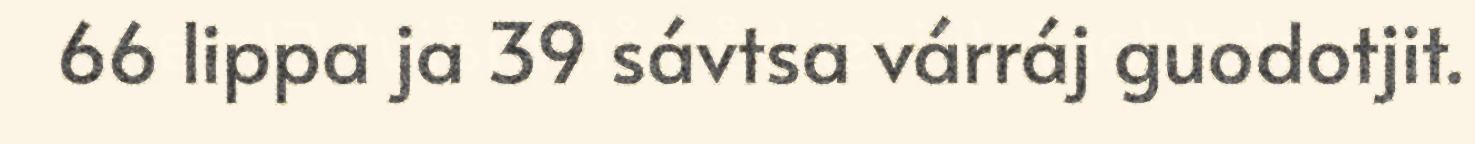
66 lippa ja 39 sávtsa várráj guodotjit.